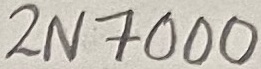
Text: 2N7000